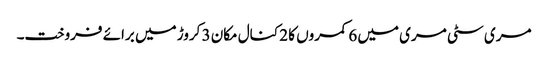
مری سٹی مری میں 6 کمروں کا 2 کنال مکان 3 کروڑ میں برائے فروخت۔